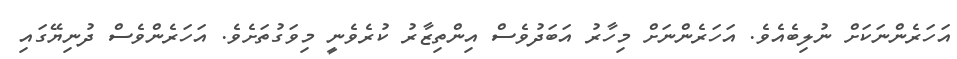
އަހަރެންނަކަށް ނުލިބެއެވެ. އަހަރެންނަށް މިހާރު އަބަދުވެސް އިންތިޒާރު ކުރެވެނީ މިވަގުތަށެވެ. އަހަރެންވެސް ދުނިޔޭގައި